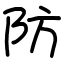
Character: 防